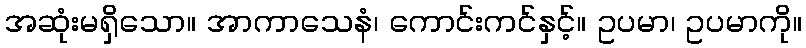
အဆုံးမရှိသော။ အာကာသေနံ၊ ကောင်းကင်နှင့်။ ဥပမာ၊ ဥပမာကို။